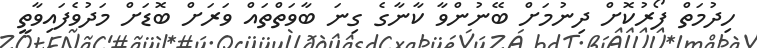
ހިދުމަތް ފޯރުކޮށް ދިނުމަށް ބޭނުންވާ ކާނާގެ ގިނަ ބާވަތްތައް ވަރަށް ބޮޑަށް މަދުވެފައިވާތީ